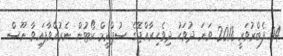
04 ފެބްރުވަރީ 2018 ވަނަ ދުވަހު ދިވެހިރާއްޖޭގެ ސުޕްރީމް ކޯޓުން ނެރުއްވާފައިވާ ނޫސް